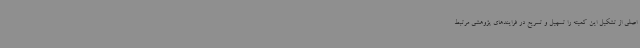
اصلی از تشکیل این کمیته را تسهیل و تسریع در فرایندهای پژوهشی مرتبط